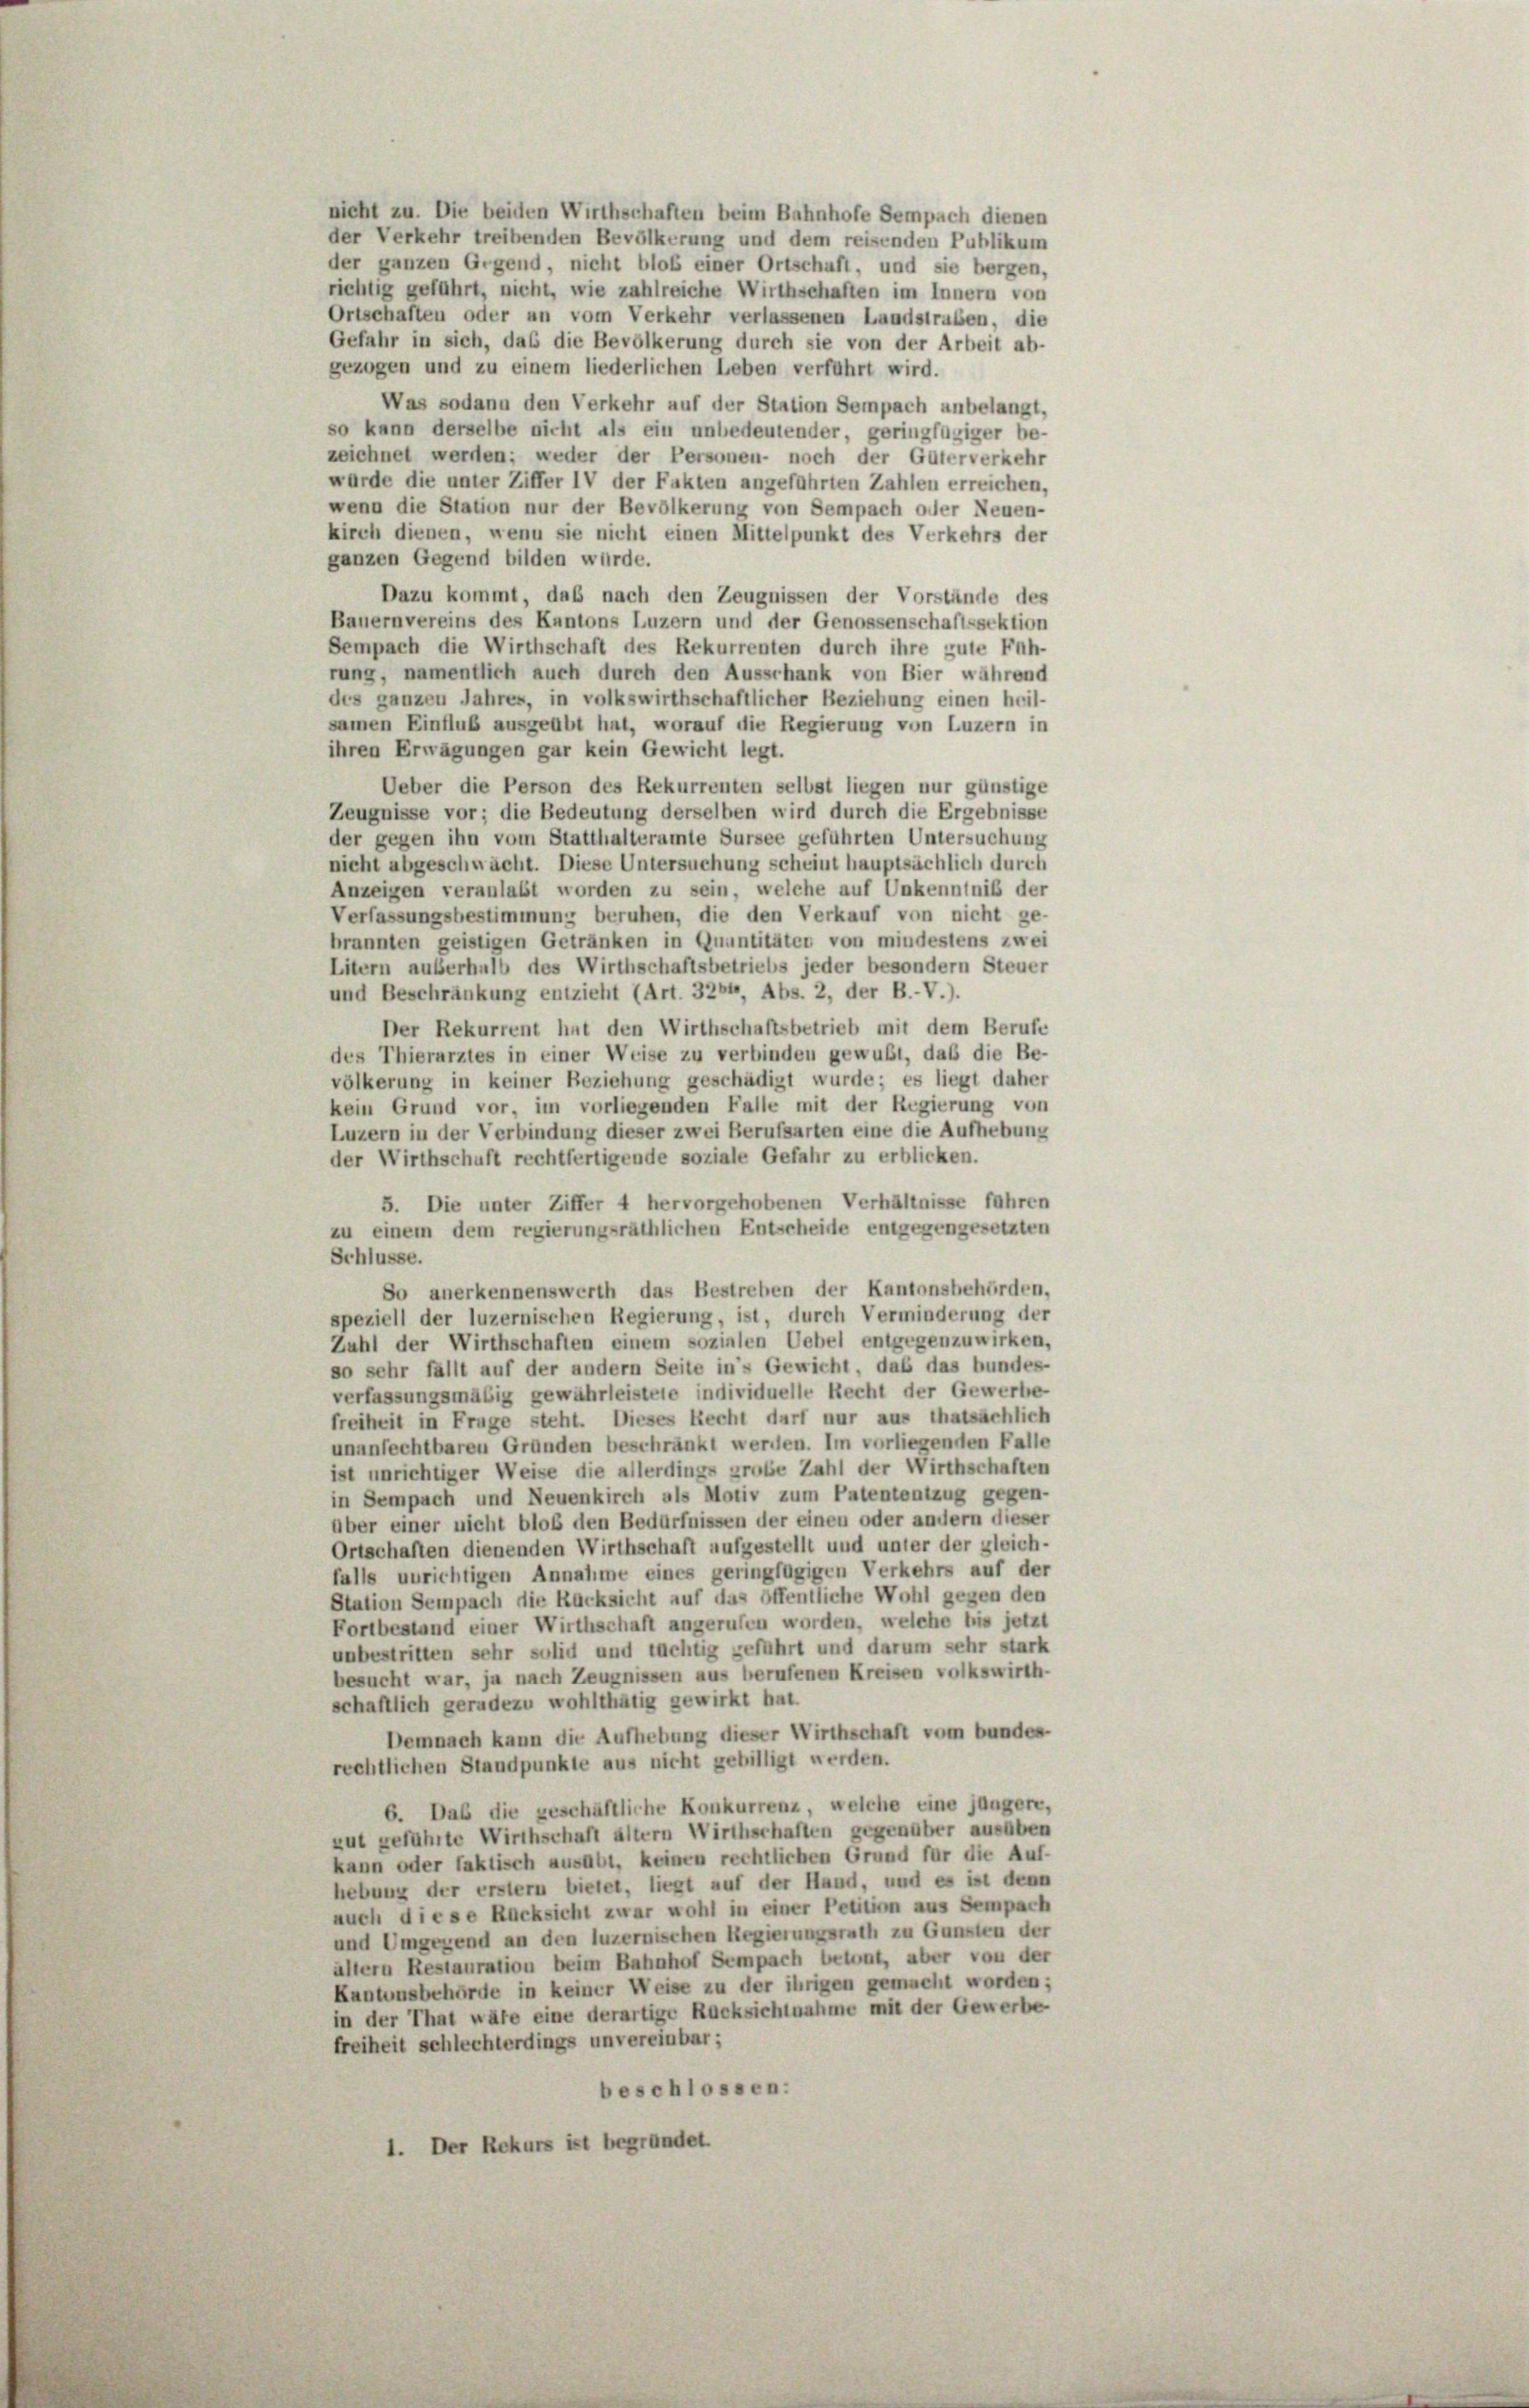
richtig geführt, nicht, wie zahlreiche Wirthschaften im Innern von
Ortschaften oder an vom Verkehr verlassenen Landstraben, die
Gefahr in sich, das die Bevölkerung durch sie von der Arbeit ab-
gezogen und zu einem liederlichen Leben verführt wird.
Was sodann den Verkehr auf der Station Sempach anbelangt,
so kann derselbe nicht als ein unbedeutender, geringfügiger be-
zeichnet werden; weder der Personen- noch der Güterverkehr
wurde die unter Ziffer IV der Fakten angeführten Zahlen erreichen,
wenn die Station nur der Bevölkerung von Sempach oder Neuen-
kirch dienen, wenn sie nicht einen Mittelpunkt des Verkehrs der
ganzen Gegend bilden wurde.
Dazu kommt, daß nach den Zeugnissen der Vorstände des
Bauernvereins des Kantons Luzern und der Genossenschaftssektion
Sempach die Wirthschaft des Rekurrenten durch ihre gute Füh-
rung, namentlich auch durch den Ausschank von Bier während
des ganzen Jahres, in volkswirthschaftlicher Beziehung einen heil-
samen Einfluß ausgeübt hat, worauf die Regierung von Luzern in
ihren Erwägungen gar kein Gewicht legt.
Ueber die Person des Rekurrenten selbst liegen nur günstige
Zeugnisse vor; die Bedeutung derselben wird durch die Ergebnisse
der gegen ihn vom Statthalteramte Sursee geführten Untersuchung
nicht abgeschwächt. Diese Untersuchung scheint hauptsächlich durch
Anzeigen veranlaßt worden zu sein, welche auf Unkenntniß der
Verfassungsbestimmung beruhen, die den Verkauf von nicht ge-
brannten geistigen Getränken in Quantitäten von mindestens zwei
Litern außerhalb des Wirthschaftsbetriebs jeder besondern Steuer
und Beschränkung entzieht (Art. 3264, Abs. 2, der B.-V.).
Der Rekurrent hat den Wirthschaftsbetrieb mit dem Berufe
des Thierarztes in einer Weise zu verbinden gewußt, daß die Be-
völkerung in keiner Beziehung geschädigt wurde; es liegt daher
kein Grund vor, im vorliegenden Falle mit der Regierung von
Luzern in der Verbindung dieser zwei Berufsarten eine die Aufhebung
der Wirthschaft rechtfertigende soziale Gefahr zu erblicken.
5. Die unter Ziffer 4 hervorgehobenen Verhältnisse fahren
zu einem dem regierungsräthlichen Entscheide entgegengesetzten
Schlüsse.
So anerkennenswerth das Bestreben der Kantonsbehörden,
speziell der luzernischen Regierung, ist, durch Verminderung der
Zahl der Wirthschaften einem sozialen Uebel entgegenzuwirken.
so sehr fällt auf der andern Seite in’s Gewicht, daß das bundes-
verfassungsmäßig gewährleistete individuelle Recht der Gewerbe
freiheit in Frage steht. Dieses Recht darf nur aus thatsächlich
unanfechtbaren Gründen beschränkt werden. Im vorliegenden Falle
ist unrichtiger Weise die allerdings große Zahl der Wirthschaften
in Sempach und Neuenkirch als Motiv zum Patententzug gegen-
über einer nicht bloß den Bedürfnissen der einen oder andern dieser
Ortschaften dienenden Wirthschaft aufgestellt und unter der gleich-
falls unrichtigen Annahme eines geringfügigen Verkehrs auf der
Station Sempach die Rücksicht auf das öffentliche Wohl gegen den
Fortbestand einer Wirthschaft angerufen worden, welche bis jetzt
unbestritten sehr solid und tüchtig geführt und darum sehr stark
besucht war, ja nach Zeugnissen aus berufenen Kreisen volkswirth-
schaftlich geradezu wohlthätig gewirkt hat
Demnach kann die Aufhebung dieser Wirthschaft vom bundes-
rechtlichen Standpunkte aus nicht gebilligt werden.
6. Das die geschäftliche Konkurrenz, welche eine jüngere,
zut geführte Wirthschaft altern Wirthschaften gegenüber ausüben
kann oder faktisch ausübt, keinen rechtlichen Grund für die Auf-
hebung der erstem bietet, liegt auf der Hand, und es ist denn
auch diese Rücksicht zwar wohl in einer Petition aus Sempach
und Umgegend an den luzernischen Regierungsrath zu Gunsten der
allern Restauration beim Bahnhof Sempach betont, aber von der
Kantonsbehörde in keiner Weise zu der ihrigen gemacht worden;
in der That wäre eine derartige Rücksichtnahme mit der Gewerbe
freiheit schlechterdings unvereinbar;
beschlossen:
1. Der Rekurs ist begründet.

nicht zu. Die beiden Wirthschaften beim Bahnhofe Sempach dienen
der Verkehr treibenden Bevölkerung und dem reisenden Publikum
der ganzen Gegend, nicht bloß einer Ortschaft, und sie bergen,